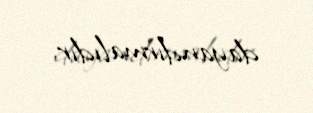
dayandırmalıdır.